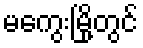
မကွေးမြို့တွင်